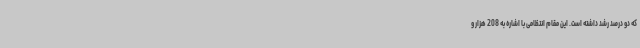
که دو درصد رشد داشته است. این مقام انتظامی با اشاره به 208 هزار و